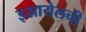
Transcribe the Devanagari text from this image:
इस्रायेलची